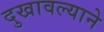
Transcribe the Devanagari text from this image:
दुखावल्याने